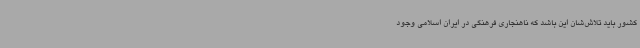
کشور باید تلاش‌شان این باشد که ناهنجاری فرهنگی در ایران اسلامی وجود